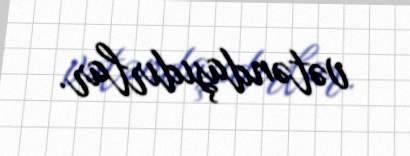
vətəndaşıdırlar.